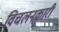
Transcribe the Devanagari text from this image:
विचलनकारी